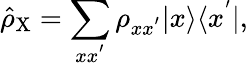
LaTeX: \hat{\rho}_{\mathrm{X}}=\sum_{xx^{'}}\rho_{xx^{'}}|x\rangle\langle x^{'}|,